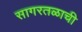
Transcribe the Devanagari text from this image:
सागरतळाची